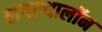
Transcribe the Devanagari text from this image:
बायएथालॉन